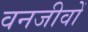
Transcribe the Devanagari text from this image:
वनजीवों